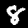
Label: 8